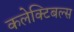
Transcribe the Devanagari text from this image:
कलेक्टिबल्स